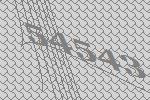
54543